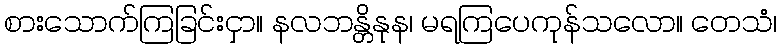
စားသောက်ကြခြင်းငှာ။ နလဘန္တိနုန၊ မရကြပေကုန်သလော။ တေသံ၊